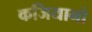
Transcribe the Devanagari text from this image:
कजियानो